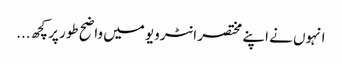
انہوں نے اپنے مختصر انٹرویو میں واضح طور پر کچھ...